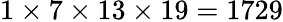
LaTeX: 1\times 7\times 13\times 19=1729